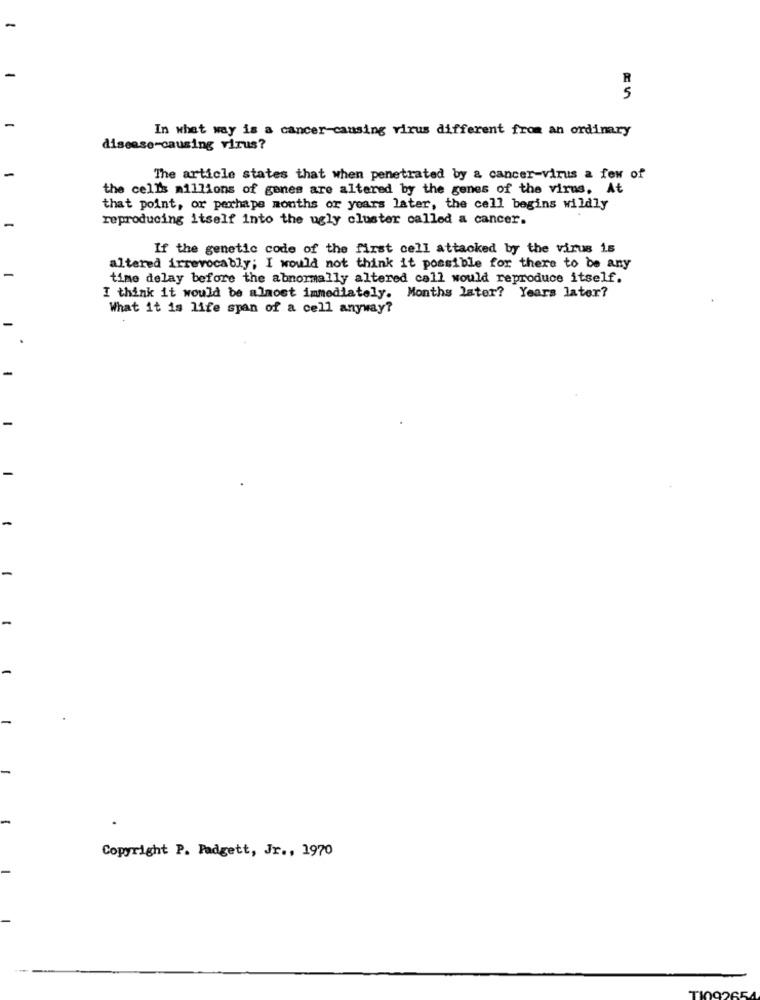
-
R
5
In what way is a cancer-causing virus different from an ordinary
disease-causing virus?
The article states that when penetrated by a cancer-virus a few of
the cell's millions of genes are altered by the genes of the virus, At
that point, or perhaps months or years later, the cell begins wildly
reproducing itself into the ugly cluster called a cancer.
If the genetic code of the first cell attacked by the virus is
altered irrevocably; I would not think it possible for there to be any
time delay before the abnormally altered call would reproduce itself.
I think it would be almost immediately. Months later? Years later?
What it is life span of a cell anyway?
Copyright P. Padgett, Jr ., 1970